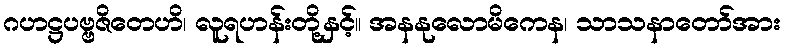
ဂဟဋ္ဌပဗ္ဗဇိတေဟိ၊ လူရဟန်းတို့နှင့်။ အနနုလောမိကေန၊ သာသနာတော်အား